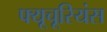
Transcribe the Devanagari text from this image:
फ्यूचूरियंस